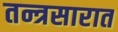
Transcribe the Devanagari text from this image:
तन्त्रसारात